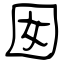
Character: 囡